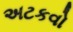
અટકવો